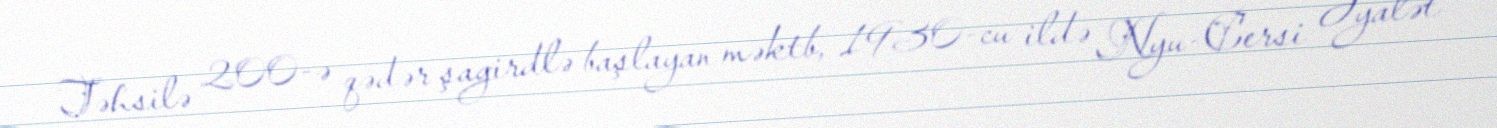
Təhsilə 200-ə qədər şagirdlə başlayan məktb, 1930-cu ildə Nyu-Cersi Əyalət